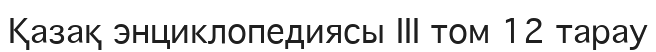
Қазақ энциклопедиясы III том 12 тарау